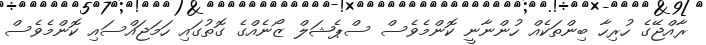
ރާއްޖޭގެ ހުރިހާ ބިންތަކެއް ހުންނާނީ ކޮންމެވެސް ސްޕެޝަލް ޒޯނެއްގެ ގޮތުގައި ހަމަޖައްސައި ކޮންމެވެސް